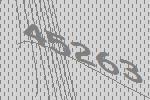
45263